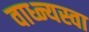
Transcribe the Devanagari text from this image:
वाध्न्यस्वा